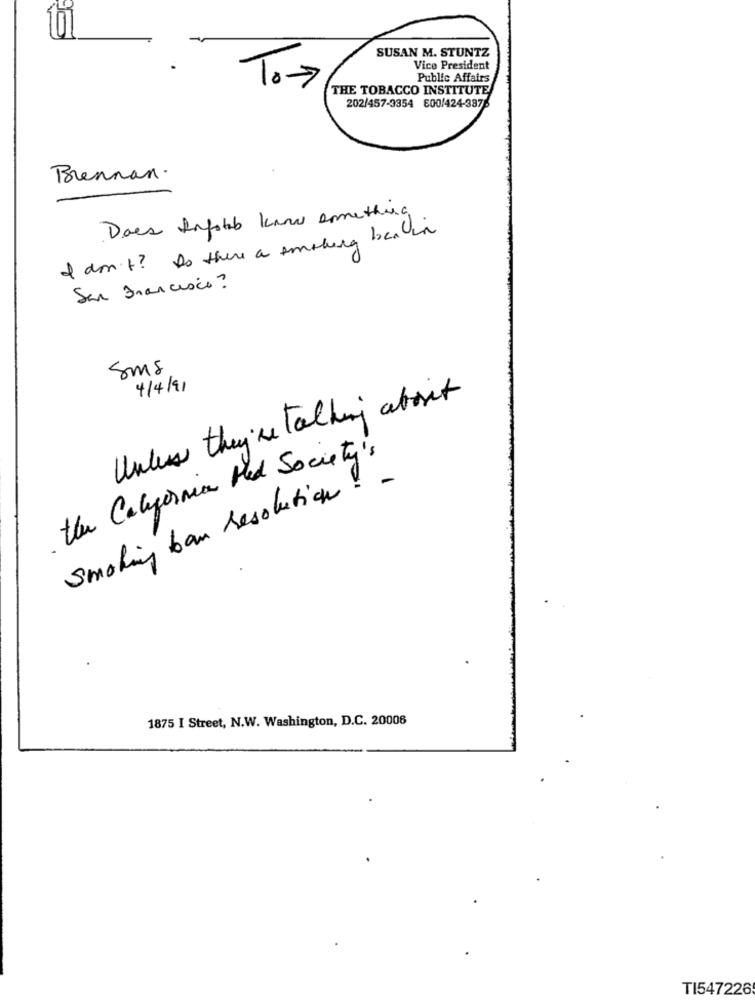
90
SUSAN M. STUNTZ
Vice President
Public Affairs
To >
THE TOBACCO INSTITUTE
202/457-3354 600/424-3876
Brennan.
Does Infolab kan something
I don't? Is there a smoking ben in
San Francisco?
Sms
4/4/91
Unless they're Talking about
the California Hed Society's
Smoking ban resolution ! -
1875 I Street, N.W. Washington, D.C. 20006
TI547226